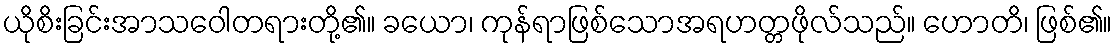
ယိုစိးခြင်းအာသဝေါတရားတို့၏။ ခယော၊ ကုန်ရာဖြစ်သောအရဟတ္တဖိုလ်သည်။ ဟောတိ၊ ဖြစ်၏။